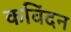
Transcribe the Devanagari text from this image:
कविंदन